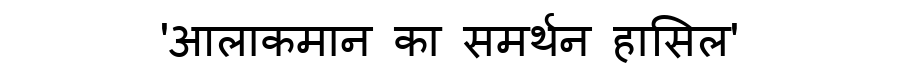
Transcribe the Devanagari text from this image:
'आलाकमान का समर्थन हासिल'